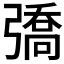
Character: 𢐟